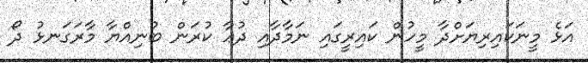
އަޅެ މީނަކައިރިޔަށްދާ މީހުން ކައިރީގައި ނަމާދާއި ދުޢާ ކުރަން ބުނިއްޔާ މާރަގަނޅު ދޯ